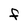
Character: f